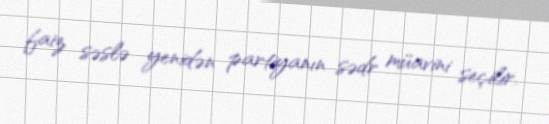
faiz səslə yenidən partiyanın sədr müavini seçilir.